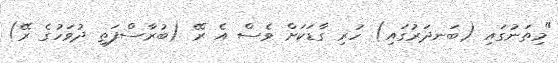
"މިތަނުގައި (ބަނދަރުގައި) ހުރި ގާޑަކަށް ވެސް އެ ރޭ (ބުރާސްފަތި ދުވަހުގެ ރޭ)